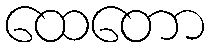
ထေတော